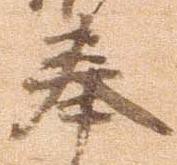
奉